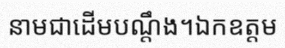
នាមជាដើមបណ្តឹង។ឯកឧត្តម